Report on enteric fever
Disease focus: Fever
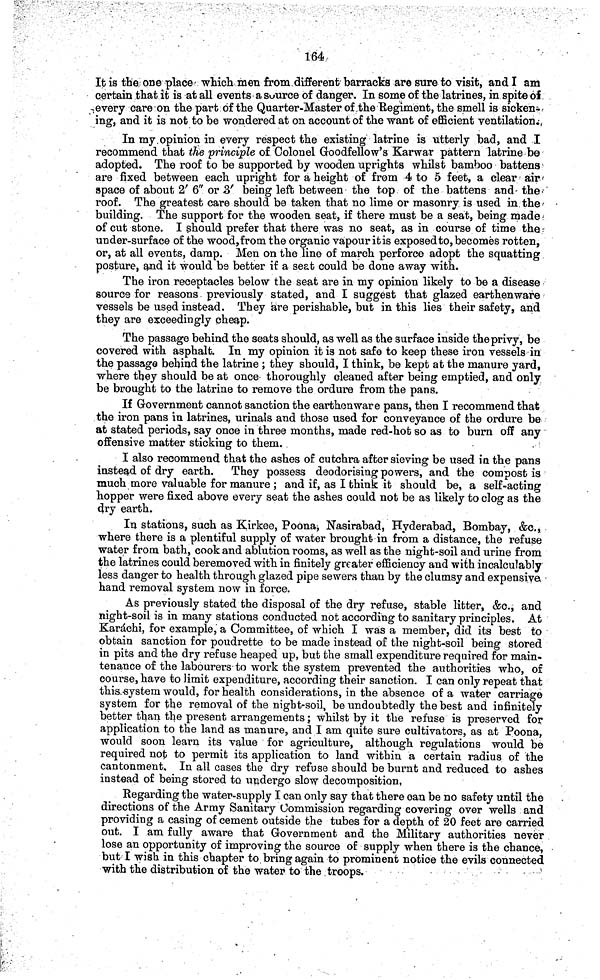
164
It is the one place which men from different barracks are sure to visit, and I am
certain that it is at all events a source of danger. In some of the latrines, in spite of
every care on the part of the Quarter-Master of the Regiment, the smell is sicken-
ing, and it is not to be wondered at on account of the want of efficient ventilation.
In my opinion in every respect the existing latrine is utterly bad, and I
recommend that the principle of Colonel Goodfellow's Karwar pattern latrine be
adopted. The roof to be supported by wooden uprights whilst bamboo battens
are fixed between each upright for a height of from 4 to 5 feet, a clear air <
space of about 2' 6" or 3' being left between the top of the battens and the
roof. The greatest care should be taken that no lime or masonry is used in the
building. The support for the wooden seat, if there must be a seat, being made
of cut stone. I should prefer that there was no seat, as in course of time the
under-surface of the wood, from the organic vapour it is exposed to, becomes rotten,
or, at all events, damp. Men on the line of march perforce adopt the squatting
posture, and it would be better if a seat could be done away with.
The iron receptacles below the seat are in my opinion likely to be a disease
source for reasons previously stated, and I suggest that glazed earthenware
vessels be used instead. They are perishable, but in this lies their safety, and
they are exceedingly cheap.
The passage behind the seats should, as well as the surface inside the privy, be
covered with asphalt. In my opinion it is not safe to keep these iron vessels in
the passage behind the latrine ; they should, I think, be kept at the manure yard,
where they should be at once thoroughly cleaned after being emptied, and only
be brought to the latrine to remove the ordure from the pans.
If Government cannot sanction the earthenware pans, then I recommend that
the iron pans in latrines, urinals and those used for conveyance of the ordure be
at stated periods, say once in three months, made red-hot so as to burn off any
offensive matter sticking to them.
I also recommend that the ashes of cutchra after sieving be used in the pans
instead of dry earth. They possess deodorising powers, and the compost is
much more valuable for manure ; and if, as I think it should be, a self-acting
hopper were fixed above every seat the ashes could not be as likely to clog as the
dry earth.
In stations, such as Kirkee, Poona, Nasirabad, Hyderabad, Bombay, &c.,
where there is a plentiful supply of water brought in from a distance, the refuse
water from bath, cook and ablution rooms, as well as the night-soil and urine from
the latrines could beremoved with in finitely greater efficiency and with incalculably
less danger to health through glazed pipe sewers than by the clumsy and expensive
hand removal system now in force.
As previously stated the disposal of the dry refuse, stable litter, &c., and
night-soil is in many stations conducted not according to sanitary principles. At
Karáchi, for example, a Committee, of which I was a member, did its best to
obtain sanction for poudrette to be made instead of the night-soil being stored
in pits and the dry refuse heaped up, but the small expenditure required for main-
tenance of the labourers to work the system prevented the authorities who, of
course, have to limit expenditure, according their sanction. I can only repeat that
this system would, for health considerations, in the absence of a water carriage
system for the removal of the night-soil, be undoubtedly the best and infinitely
better than the present arrangements ; whilst by it the refuse is preserved for
application to the land as manure, and I am quite sure cultivators, as at Poona,
would soon learn its value for agriculture, although regulations would be
required not to permit its application to land within a certain radius of the
cantonment. In all cases the dry refuse should be burnt and reduced to ashes
instead of being stored to undergo slow decomposition,
Regarding the water-supply I can only say that there can be no safety until the
directions of the Army Sanitary Commission regarding covering over wells and
providing a casing of cement outside the tubes for a depth of 20 feet are carried
out. I am fully aware that Government and the Military authorities never
lose an opportunity of improving the source of supply when there is the chance,
but I wish in this chapter to bring again to prominent notice the evils connected
with the distribution of the water to the troops.